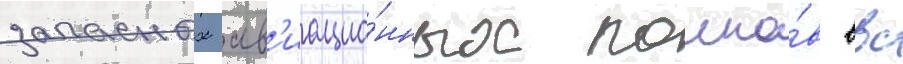
запасных ав'иацио́нных полко́в ввс